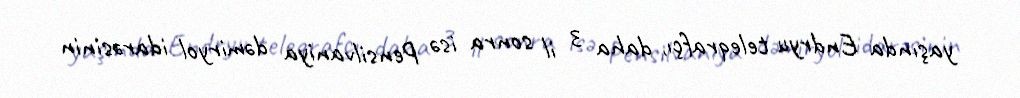
yaşında Endryu teleqrafçı, daha 3 il sonra isə Pensilvaniya dəmiryol idarəsinin